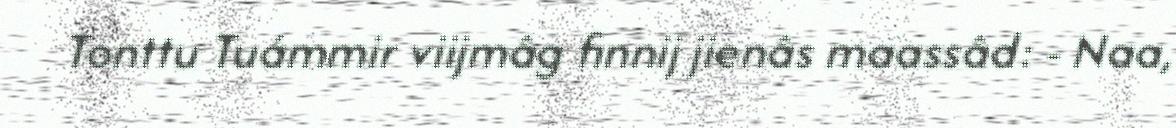
Tonttu Tuámmir viijmâg finnij jienâs maassâd: - Naa,